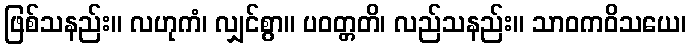
ဖြစ်သနည်း။ လဟုကံ၊ လျှင်စွာ။ ပဝတ္တတိ၊ လည်သနည်း။ သာဝကဝိသယေ၊